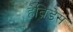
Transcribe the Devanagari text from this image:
हेब्रिडेस